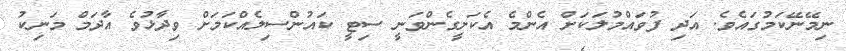
ނިމޭނޭކަމުގައެވެ. އަދި ފުވައްމުލަކަށް އެންމެ އެކަށީގެންވަނީ ސިޓީ ކައުންސިލެއްކަމަށް ވިދާޅުވެ އާދަމް މަނިކު